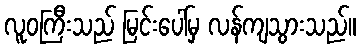
လူဝကြီးသည် မြင်းပေါ်မှ လန်ကျသွားသည်။